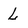
Character: L